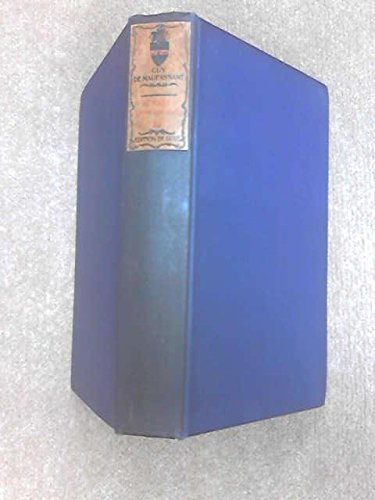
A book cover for Au Soleil or African Wanderings, La Vie Errant or in Vagabondia (The Life Work of Henri Rene Guy De Maupassant, Vol. 12); Guy de Maupassant; Travel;